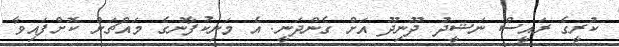
ކުރީގެ ރައީސް ނަޝީދު ދޫނިދޫ އަށް ގެންދަނީ: އެ މަނިކުފާނުގެ މައްޗަށް ކޮށްފައިވާ